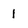
Character: 1